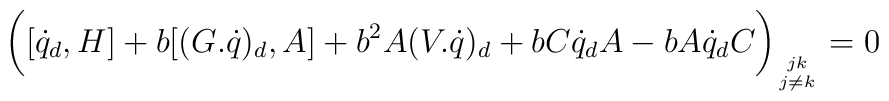
\biggl(  [\dot q_d,H] +b [(G.\dot q)_d,A]+ b\sp2 A (V.\dot q)_d   +b C \dot q_d A -b A \dot q_d C\bigg)_{{jk}\atop{j\ne k}}    =0